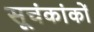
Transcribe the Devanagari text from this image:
सूचंकांकों